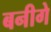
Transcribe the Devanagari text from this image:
बनीगे